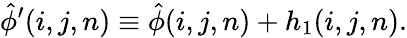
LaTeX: \hat{\phi}^{\prime}(i,j,n)\equiv\hat{\phi}(i,j,n)+h_{1}(i,j,n).